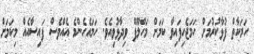
ހަރަކާތް ފުޅާކުރުމަށް ހަމަޖެހިފައިވާ ކަމަށް މަހްލޫފް ވިދާޅުވިއެވެ. ހަމައެހެންމެ އެއްވެސް ފައިސާއެއް މިކަމަށް